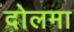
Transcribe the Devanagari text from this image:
दोलमा